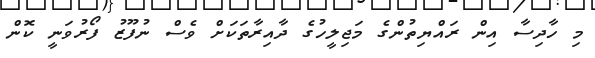
މި ހާދިސާ އިން ރައްޔިތުންގެ މަޖިލީހުގެ ދާއިރާތަކަށް ވެސް ނުފޫޒު ފޯރުވަނީ ކޮން